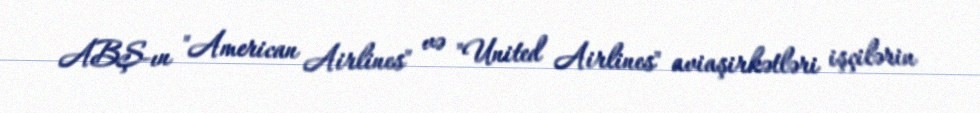
ABŞ-ın "American Airlines" və "United Airlines" aviaşirkətləri işçilərin